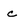
Character: c